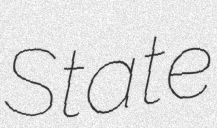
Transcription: State